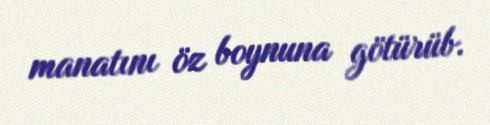
manatını öz boynuna götürüb.